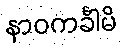
နာဝကင်္ခါမိ